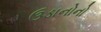
ઉડાનોનો